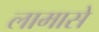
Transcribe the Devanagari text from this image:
लामासे